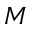
M